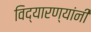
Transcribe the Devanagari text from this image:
विद्यारण्यांनी